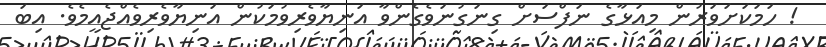
! ހަމަކަށަވަރުން މިއަޅާގެ ނަފްސަށް ގިނަގުނަވެގެންވާ އަނިޔާވެރިވުމަކުން އަނިޔާވެރިވެއްޖެއީމެވެ. އިބަ